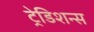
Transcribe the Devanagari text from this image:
ट्रेडिशन्स